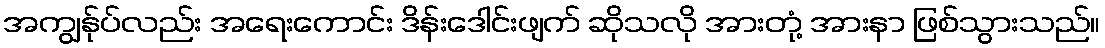
အကျွန်ုပ်လည်း အရေးကောင်း ဒိန်းဒေါင်းဖျက် ဆိုသလို အားတုံ့ အားနာ ဖြစ်သွားသည်။